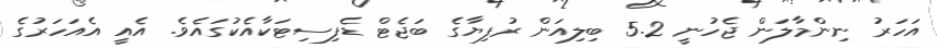
އަހަރު ނިންމާލަން ޖެހުނީ 5.2 ބިލިއަން ރުފިޔާގެ ބަޖެޓް ޑެފިސިޓަކާއެކުގައެވެ. އެއީ އެއަހަރުގެ